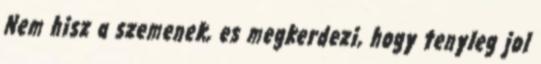
Nem hisz a szemenek, es megkerdezi, hogy tenyleg jol